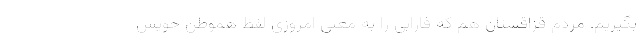
بگیریم. مردم قزاقستان هم که فارابی را به معنی امروزی لفظ هموطن خویش